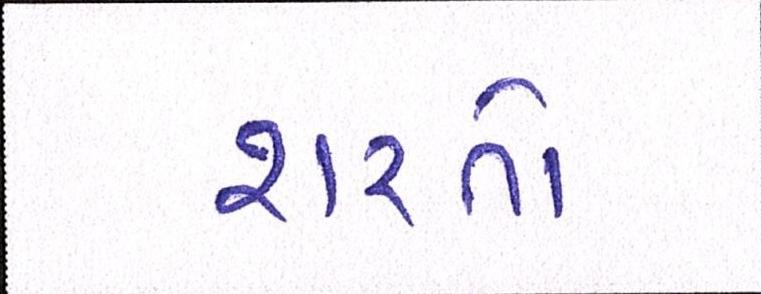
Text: શરતો